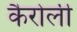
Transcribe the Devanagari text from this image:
कैरोली